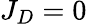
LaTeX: J_{D}=0